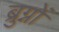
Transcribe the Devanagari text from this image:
ब्रुग्नों